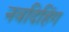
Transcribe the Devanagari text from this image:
नवदिहिंग